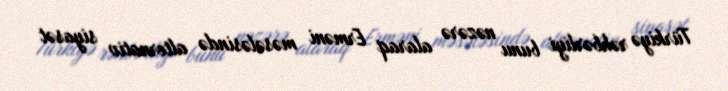
Türkiyə rəhbərliyi bunu nəzərə alaraq Erməni məsələsində alternativ siyasət